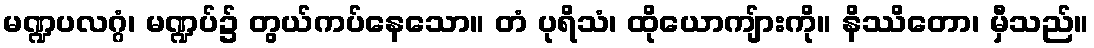
မဏ္ဍပလဂ္ဂံ၊ မဏ္ဍပ်၌ တွယ်ကပ်နေသော။ တံ ပုရိသံ၊ ထိုယောကျ်ားကို။ နိဿိတော၊ မှီသည်။